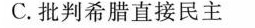
C.批判希腊直接民主